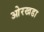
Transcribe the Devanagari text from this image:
ओरखडा